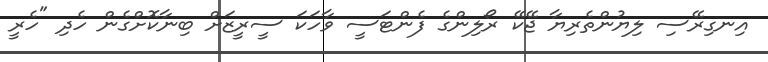
އިނގިރޭސި ލިޔުންތެރިޔާ ޖޭކޭ ރޯލިންގެ ފެންޓަސީ ވާހަކަ ސީރީޒަށް ބިނާކޮށްގެން ހެދި "ހެރީ